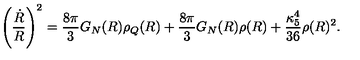
\left( { \frac { \dot { R } } { R } } \right) ^ { 2 } = { \frac { 8 \pi } { 3 } } G _ { N } ( R ) \rho _ { Q } ( R ) + { \frac { 8 \pi } { 3 } } G _ { N } ( R ) \rho ( R ) + { \frac { \kappa _ { 5 } ^ { 4 } } { 3 6 } } \rho ( R ) ^ { 2 } .